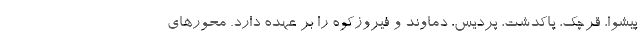
پیشوا، قرچک، پاکدشت، پردیس، دماوند و فیروزکوه را بر عهده دارد. محورهای